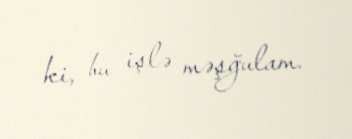
ki, bu işlə məşğulam.